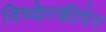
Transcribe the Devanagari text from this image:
विच्केत्कीपेर